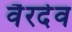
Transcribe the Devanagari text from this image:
वैरदेव